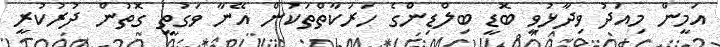
އަމީން މިއަދު ވިދާޅުވީ ބޮޑީ ބިލްޑިންގެ ހަރަކާތްތަކުން އޭނާ ވަގުތީ ގޮތުން ދުރުކުރީ